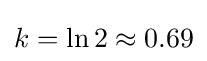
k=\ln 2\approx 0.69